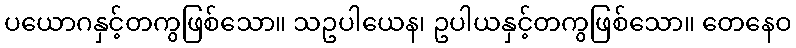
ပယောဂနှင့်တကွဖြစ်သော။ သဥပါယေန၊ ဥပါယနှင့်တကွဖြစ်သော။ တေနေဝ